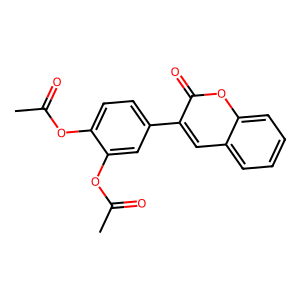
SMILES: CC(=O)Oc1ccc(-c2cc3ccccc3oc2=O)cc1OC(C)=O
Inhibits HIV replication: No